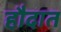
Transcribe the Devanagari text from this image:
हौदात